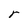
Character: r